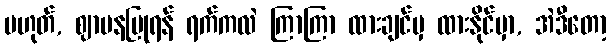
မဟုတ်, ဈာပနပြုရန် ရက်ကလဲ ကြာကြာ ထားချင်မှ ထားနိုင်မှာ, အဲဒီတော့